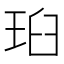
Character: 𭹉